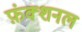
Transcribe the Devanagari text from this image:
फ़ंक्शनल